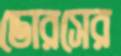
ডোরসের